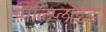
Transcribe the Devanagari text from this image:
पोलिप्लोइड।